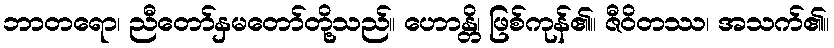
ဘာတရော၊ ညီတော်နှမတော်တို့သည်။ ဟောန္တိ၊ ဖြစ်ကုန်၏။ ဇီဝိတဿ၊ အသက်၏။